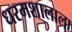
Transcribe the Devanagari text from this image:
धरमशालाला